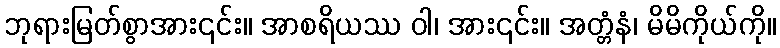
ဘုရားမြတ်စွာအား၎င်း။ အာစရိယဿ ဝါ၊ အား၎င်း။ အတ္တံနံ၊ မိမိကိုယ်ကို။